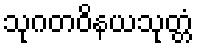
သုဂတဝိနယသုတ္တံ